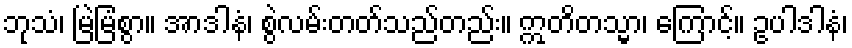
ဘုသံ၊ မြဲမြံစွာ။ အာဒါနံ၊ စွဲလမ်းတတ်သည်တည်း။ ဣတိတသ္မာ၊ ကြောင့်။ ဥပါဒါနံ၊